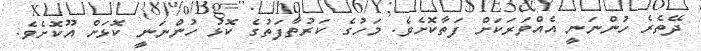
ދޭތެރެ ހުންނަނީ އެއްވަރަކަށް ފަތާކޮށެވެ. މަހުގެ ކަރުތާފަތުގެ ކޮޅު ހުންނަނީ ކޮޅަށް އޫކޮށެވެ.